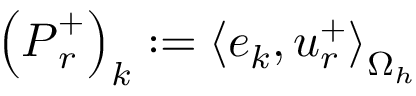
\left( \boldsymbol { P } _ { r } ^ { + } \right) _ { k } : = \left< \boldsymbol { e } _ { k } , \boldsymbol { u } _ { r } ^ { + } \right> _ { \Omega _ { h } }